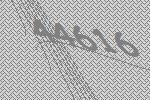
44616